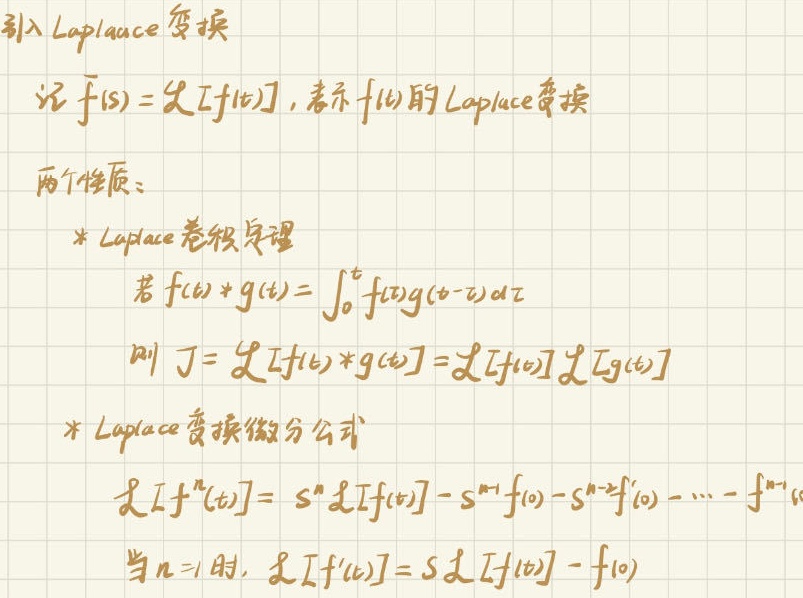
引入 Laplace 变换

记 $\bar{f}(s)=\mathcal{L}[f(t)]$，表示 $f(t)$ 的 Laplace 变换

两个性质：

* Laplace 卷积定理
若 $f(t)*g(t)=\int_{0}^{t}f(\tau)g(t - \tau)d\tau$
则 $J = \mathcal{L}[f(t)*g(t)]=\mathcal{L}[f(t)]\mathcal{L}[g(t)]$

* Laplace 变换微分公式
$\mathcal{L}[f^{(n)}(t)] = s^{n}\mathcal{L}[f(t)] - s^{n - 1}f(0) - s^{n - 2}f^{\prime}(0)-\cdots - f^{(n - 1)}(0)$
当 $n = 1$ 时，$\mathcal{L}[f^{\prime}(t)] = s\mathcal{L}[f(t)] - f(0)$